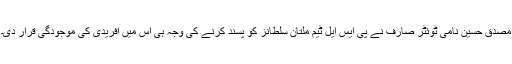
مصدق حسین نامی ٹوئٹر صارف نے پی ایس ایل ٹیم ملتان سلطانز کو پسند کرنے کی وجہ ہی اس میں آفریدی کی موجودگی قرار دی۔